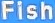
Fish